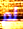
لم